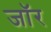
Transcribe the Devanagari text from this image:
जॉर